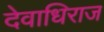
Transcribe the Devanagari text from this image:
देवाधिराज